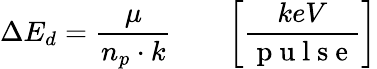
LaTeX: \Delta E_{d}=\frac{\mu}{n_{p}\cdot k}\qquad\left[\frac{keV}{\mathrm{~p~u~l~s~e~}}\right]